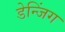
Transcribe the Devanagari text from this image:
डेन्जिंग